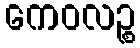
ကေဝလဉ္စ